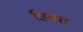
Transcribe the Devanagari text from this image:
डिबत